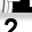
Digit: 2